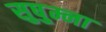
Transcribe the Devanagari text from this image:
सुषु्म्ना